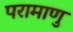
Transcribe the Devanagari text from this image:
परामाणु